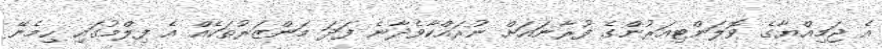
އެ ޖަމިއްޔާގެ ވޮލަންޓިއަރުންގެ ފުރާނައަށް ނުރައްކާވެދާނެ ފަދަ މަންޒަރުތަކެއް އެ ފިލްމުގައި ހިމެނޭ